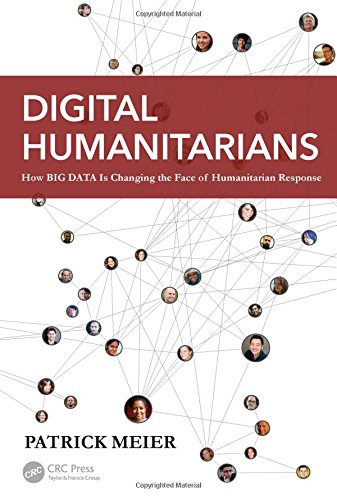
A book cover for Digital Humanitarians: How Big Data Is Changing the Face of Humanitarian Response; Patrick Meier; Politics & Social Sciences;